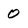
Character: 0